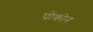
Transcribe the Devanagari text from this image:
पोकोन